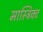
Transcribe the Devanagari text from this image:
मास्त्रिक्ट